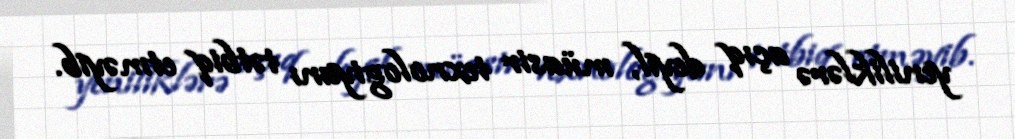
yeniliklərə açıq deyil, müasir texnologiyanı tətbiq etməyib.